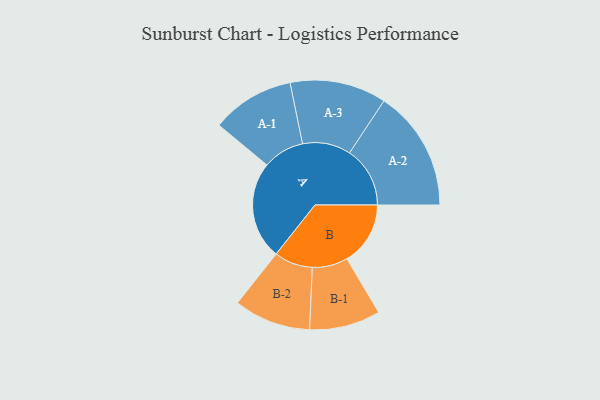
{"axis": {"x": "Segment", "y": "Value"}, "legend": ["", "A", "B"], "data": [{"x": "A", "y": 462, "type": ""}, {"x": "B", "y": 300, "type": ""}, {"x": "A-1", "y": 196, "type": "A"}, {"x": "A-2", "y": 286, "type": "A"}, {"x": "A-3", "y": 228, "type": "A"}, {"x": "B-1", "y": 168, "type": "B"}, {"x": "B-2", "y": 182, "type": "B"}]}